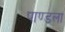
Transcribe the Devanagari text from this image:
पाण्डला